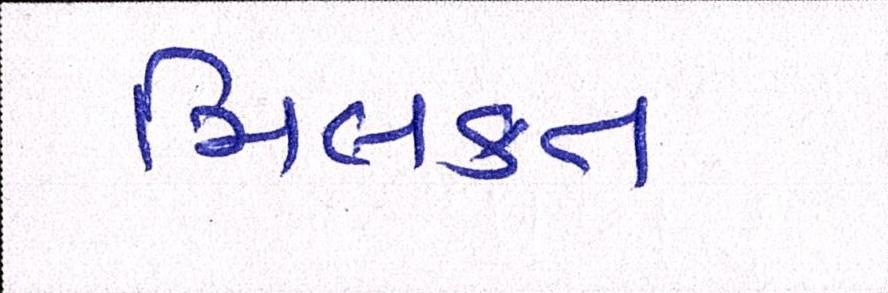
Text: મિલકત